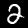
Digit: 2